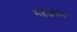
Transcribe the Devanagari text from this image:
महक्षत्रप